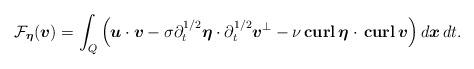
LaTeX: \begin{align*} \mathcal{F}_{\boldsymbol{\eta}}(\boldsymbol{v}) = \int_{Q} \Big(\boldsymbol{u} \cdot \boldsymbol{v} - \sigma \partial_t^{1/2} \boldsymbol{\eta} \cdot \partial_t^{1/2} \boldsymbol{v}^{\perp} - \nu \, \textbf{curl} \, \boldsymbol{\eta} \cdot \, \textbf{curl} \, \boldsymbol{v} \Big) \, d\boldsymbol{x}\,dt.\end{align*}